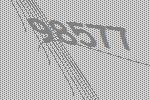
98577